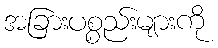
အခြားပစ္စည်းများကို